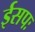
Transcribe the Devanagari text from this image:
ईसपः